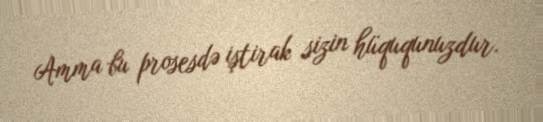
Amma bu prosesdə iştirak sizin hüququnuzdur.